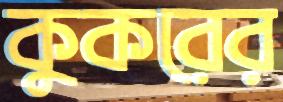
কুকরের